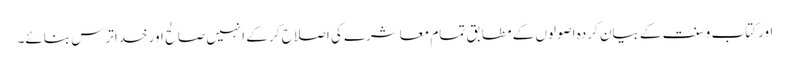
اور کتاب و سنت کے بیان کردہ اصولوں کے مطابق تمام معاشرے کی اصلاح کر کے انہیں صالح اور خداترس بنائے۔